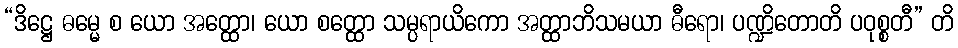
“ဒိဋ္ဌေ ဓမ္မေ စ ယော အတ္ထော၊ ယော စတ္ထော သမ္ပရာယိကော အတ္ထာဘိသမယာ ဓီရော၊ ပဏ္ဍိတောတိ ပဝုစ္စတီ” တိ